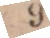
(1109)